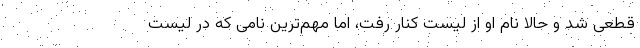
قطعی شد و حالا نام او از لیست کنار رفت، اما مهم‌ترین نامی که در لیست